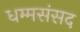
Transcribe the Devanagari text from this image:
धम्मसंसद